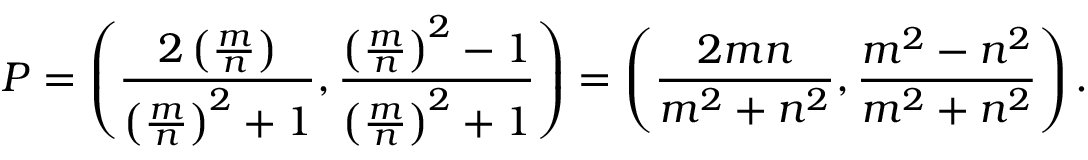
P = \left( { \frac { 2 \left( { \frac { m } { n } } \right) } { \left( { \frac { m } { n } } \right) ^ { 2 } + 1 } } , { \frac { \left( { \frac { m } { n } } \right) ^ { 2 } - 1 } { \left( { \frac { m } { n } } \right) ^ { 2 } + 1 } } \right) = \left( { \frac { 2 m n } { m ^ { 2 } + n ^ { 2 } } } , { \frac { m ^ { 2 } - n ^ { 2 } } { m ^ { 2 } + n ^ { 2 } } } \right) .